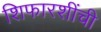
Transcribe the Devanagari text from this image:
शिफारशींची